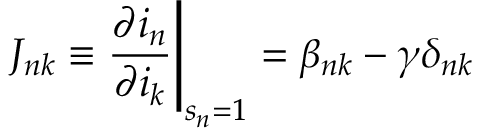
J _ { n k } \equiv \frac { \partial i _ { n } } { \partial i _ { k } } \Bigg | _ { s _ { n } = 1 } = \beta _ { n k } - \gamma \delta _ { n k }